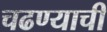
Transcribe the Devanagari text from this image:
चढण्याची